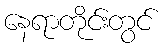
နေရာတိုင်းတွင်